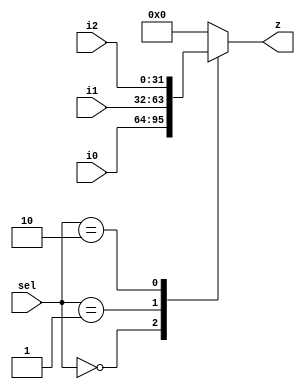
module mux_3to1
(
	input [1 : 0] sel,
	input [31 : 0] i0, i1, i2,
	output reg [31 : 0] z
);

always @(*)
begin
	case (sel)
		2'd0 : z = i0;
		2'd1 : z = i1;
		2'd2 : z = i2;

		default : z = 'b0;
	endcase
end

endmodule